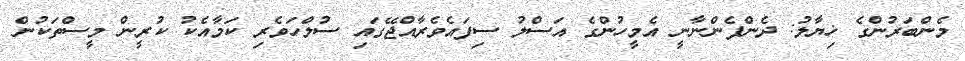
މެންބަރުންގެ ޚިޔާލު: ދެންފެންނާނީ އެމީހުންގެ އަސްލު ސިފައެވެރާއްޖޭގައި ސުލްހަވެރި ކަމާއެކު ކުރީން މީސްތަކުން